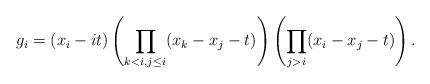
LaTeX: \begin{align*}g_i=(x_i -it)\left(\prod_{k<i,j\leq i}(x_k -x_j-t)\right)\left(\prod_{j>i}(x_i-x_j -t)\right).\end{align*}